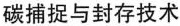
碳捕捉与封存技术